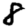
Digit: 8